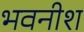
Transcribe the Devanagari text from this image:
भवनीश